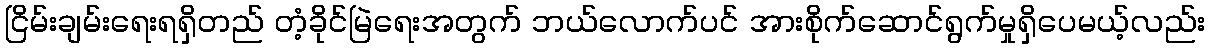
ငြိမ်းချမ်းရေးရရှိတည် တံ့ခိုင်မြဲရေးအတွက် ဘယ်လောက်ပင် အားစိုက်ဆောင်ရွက်မှုရှိပေမယ့်လည်း